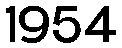
1954